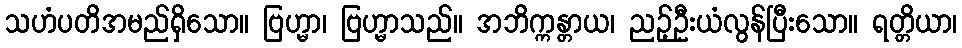
သဟံပတိအမည်ရှိသော။ ဗြဟ္မာ၊ ဗြဟ္မာသည်။ အဘိက္ကန္တာယ၊ ညဉ့်ဦးယံလွန်ပြီးသော။ ရတ္တိယာ၊